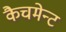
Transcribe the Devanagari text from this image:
कैचमेन्ट